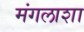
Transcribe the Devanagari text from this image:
मंगलाशा